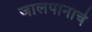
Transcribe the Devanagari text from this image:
जालपानाचे